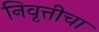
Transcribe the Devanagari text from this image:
निवृत्तीचा